Leningradi_Edasi_toimetus, lk 53
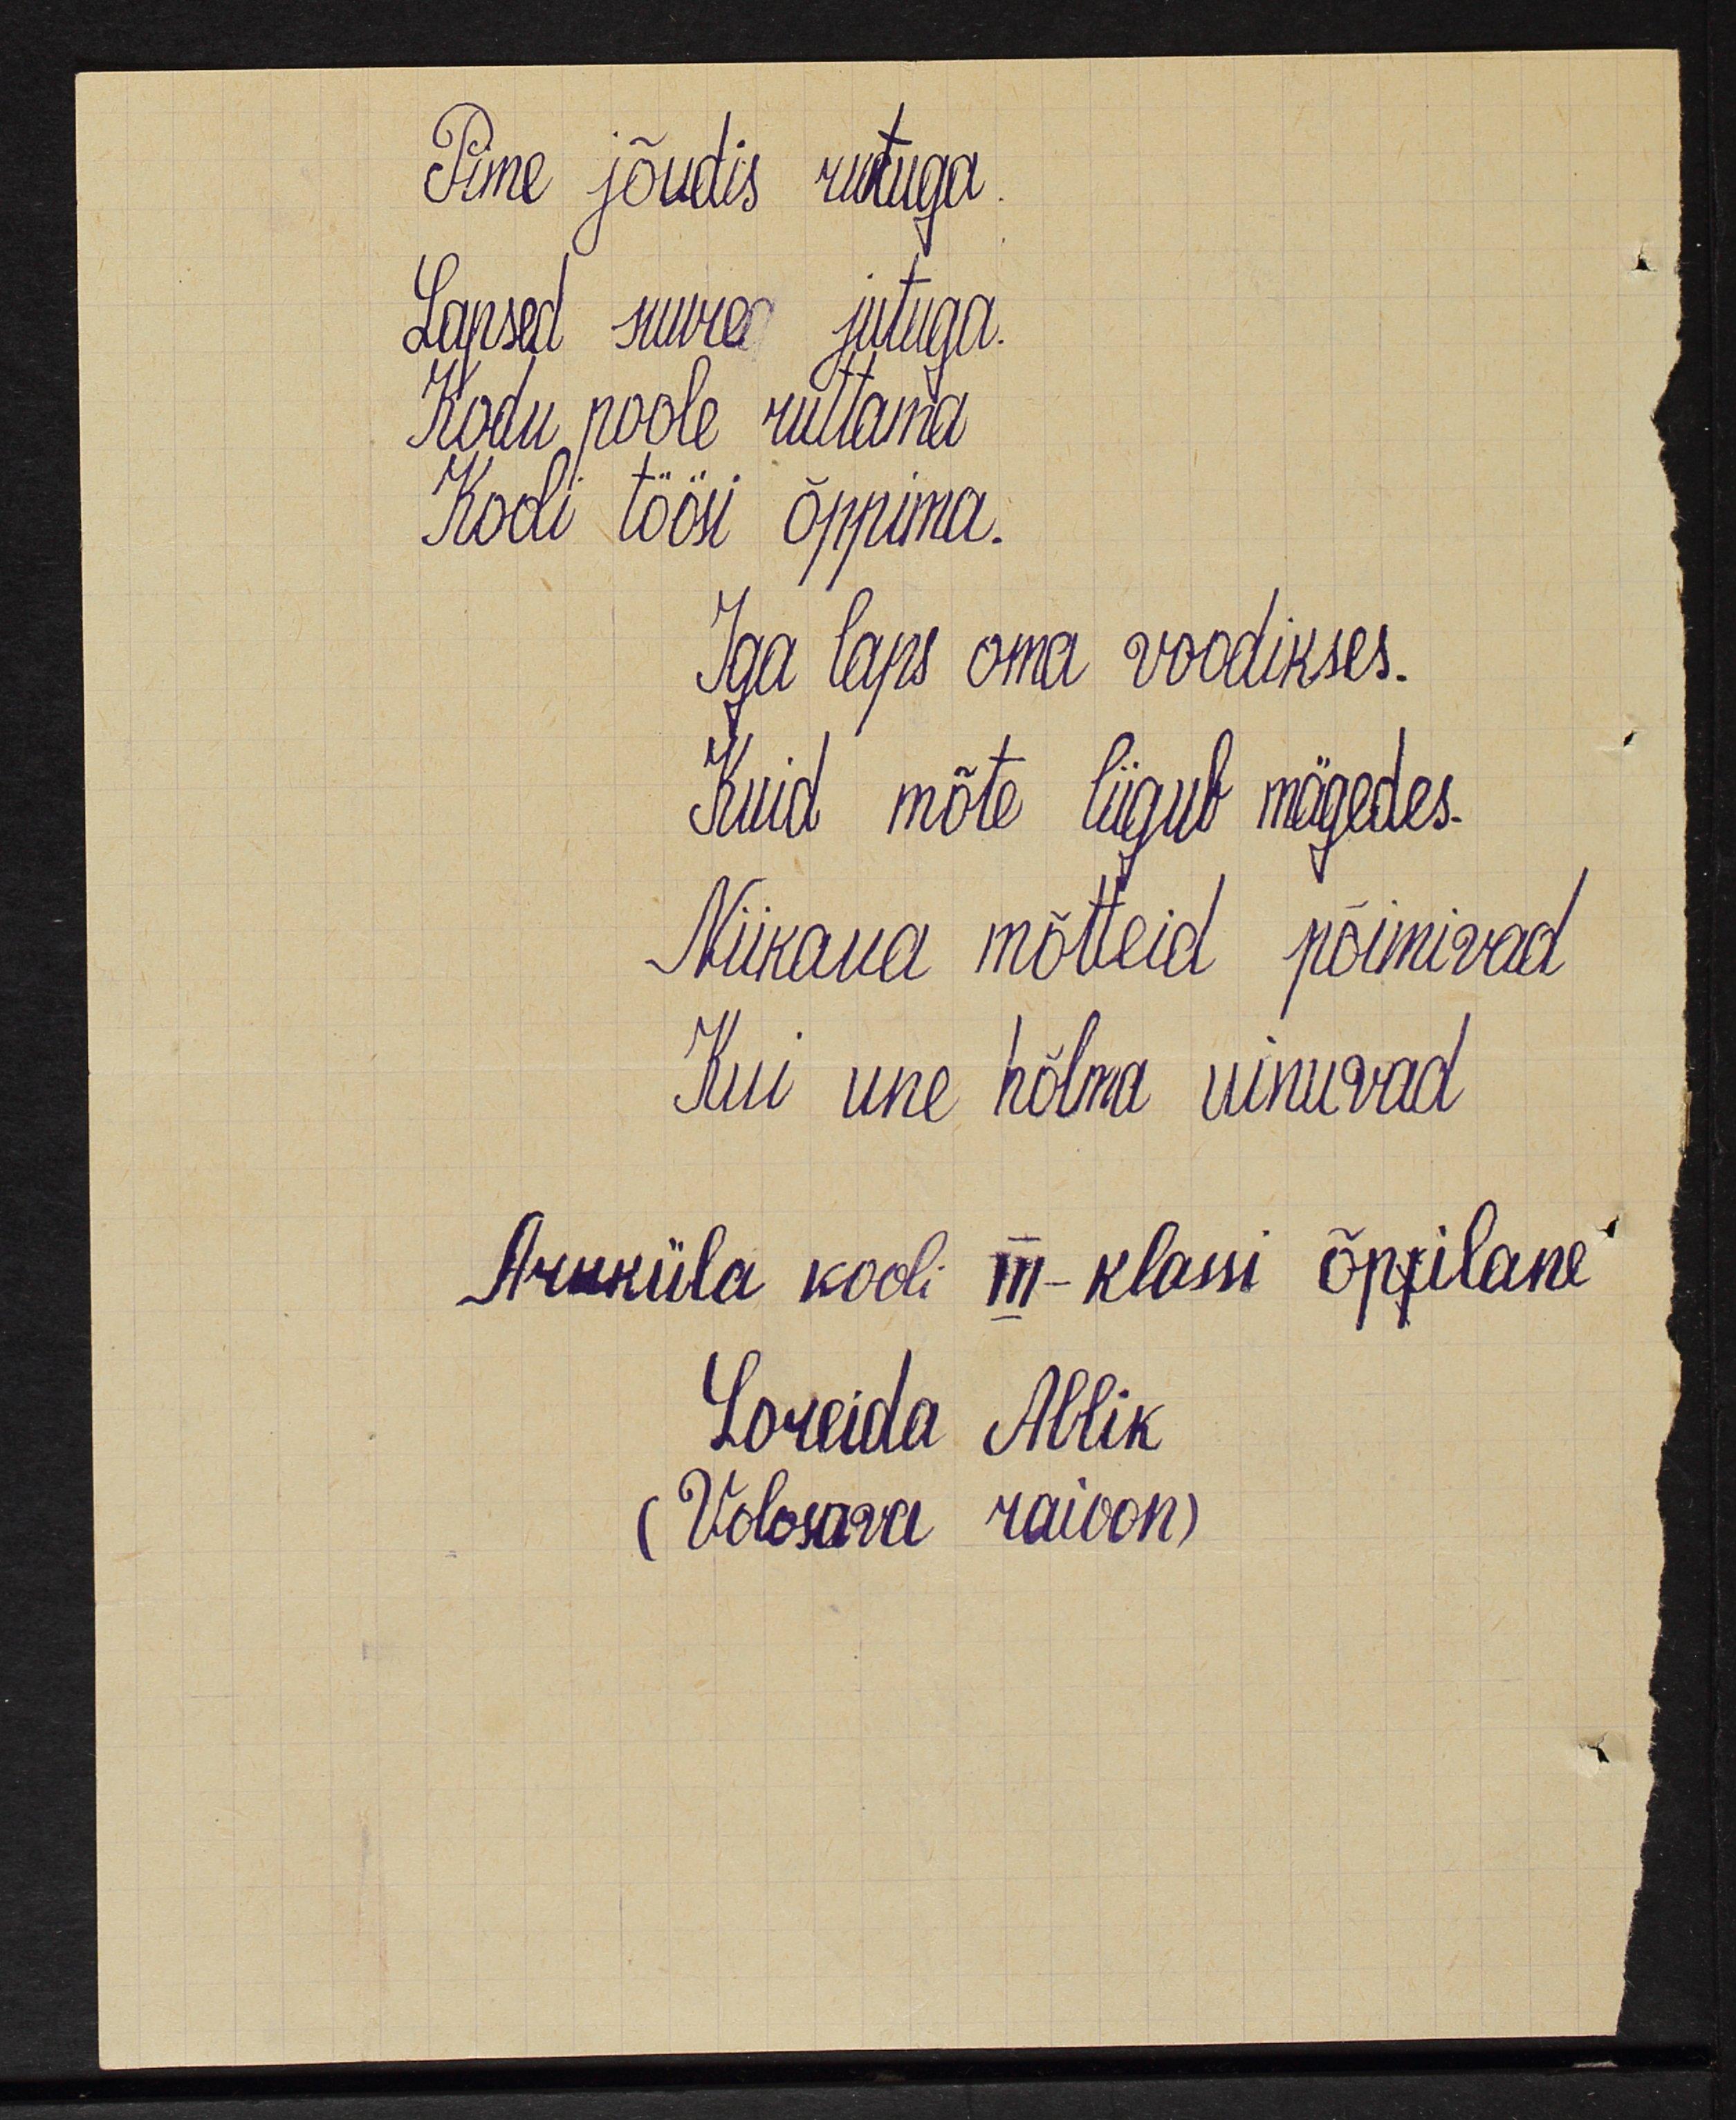
Pime jõudis rutuga
Lapsed suure jutuga
Kodu poole ruttama
Kooli töösi õppima
Iga lpas oma voodikses
Kuid mõte liigub mägedes.
Niikaua mõtteid põimivad
Kui une hõlma  uinuvad
Aruküla kooli III - klassi õpilane
Loreida Allik
Volosava raioon